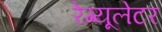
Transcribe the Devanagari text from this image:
रेग्यूलेटर